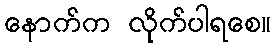
နောက်က လိုက်ပါရစေ။